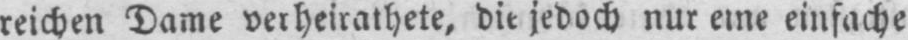
reichen Dame verheirathete, die jedoch nur eine einfache